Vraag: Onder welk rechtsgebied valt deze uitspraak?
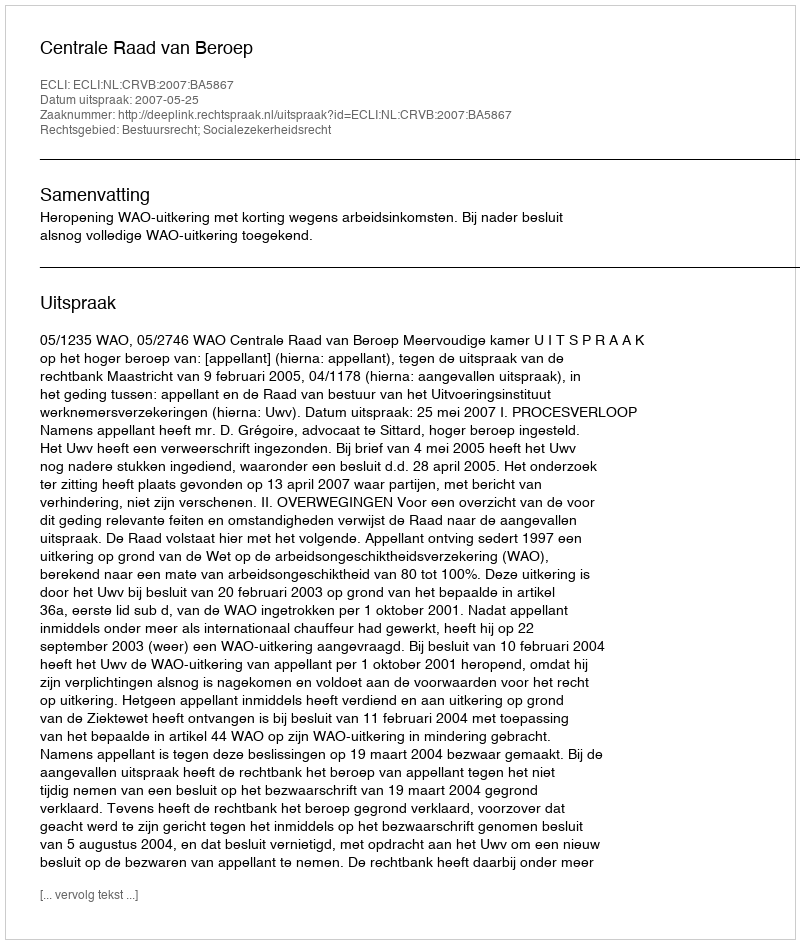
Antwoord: Bestuursrecht; Socialezekerheidsrecht